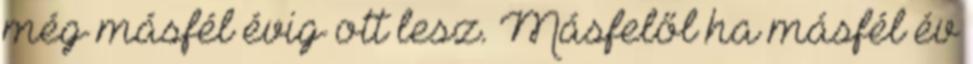
még másfél évig ott lesz. Másfelől ha másfél év